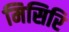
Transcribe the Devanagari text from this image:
मिसिरि